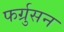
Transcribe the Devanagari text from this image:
फर्ग्रुसन